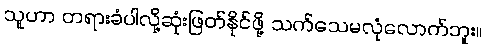
သူဟာ တရားခံပါလို့ဆုံးဖြတ်နိုင်ဖို့ သက်သေမလုံလောက်ဘူး။